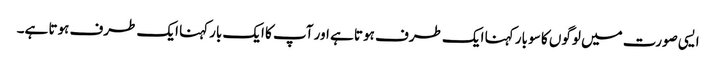
ایسی صورت میں لوگوں کا سو بار کہنا ایک طرف ہوتا ہے اور آپ کا ایک بارکہنا ایک طرف ہوتا ہے۔